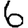
Digit: 6